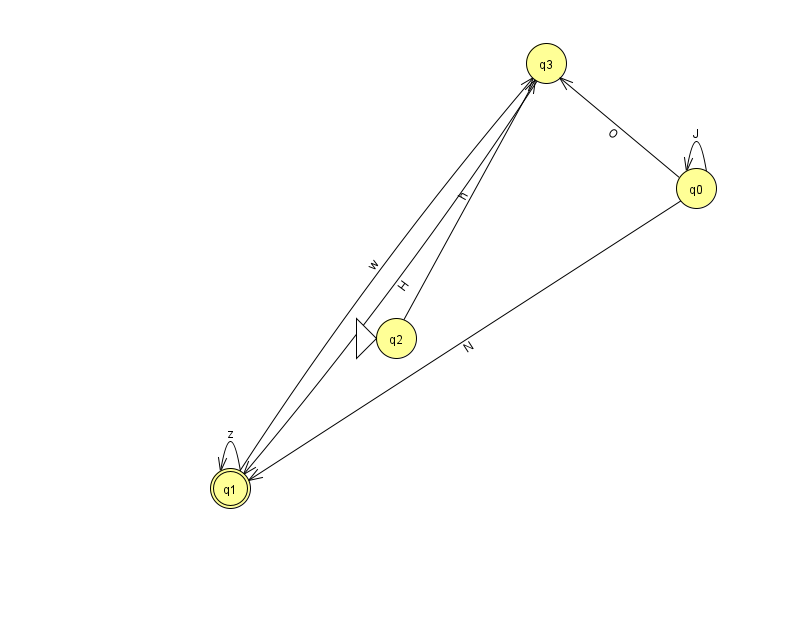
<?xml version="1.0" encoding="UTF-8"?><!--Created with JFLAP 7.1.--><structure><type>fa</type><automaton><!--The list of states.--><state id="0" name="q0"><x>696.0</x><y>175.0</y></state><state id="1" name="q1"><x>230.0</x><y>475.0</y><final/></state><state id="2" name="q2"><x>396.0</x><y>325.0</y><initial/></state><state id="3" name="q3"><x>546.0</x><y>50.0</y></state><!--The list of transitions.--><transition><from>2</from><to>3</to><read>h</read></transition><transition><from>0</from><to>1</to><read>N</read></transition><transition><from>1</from><to>3</to><read>w</read></transition><transition><from>0</from><to>3</to><read>O</read></transition><transition><from>0</from><to>0</to><read>J</read></transition><transition><from>1</from><to>1</to><read>z</read></transition><transition><from>3</from><to>1</to><read>H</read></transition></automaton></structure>